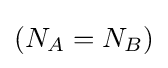
(N_{A}=N_{B})